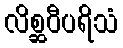
လိစ္ဆဝီပရိသံ